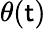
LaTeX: \theta(\mathsf{t})